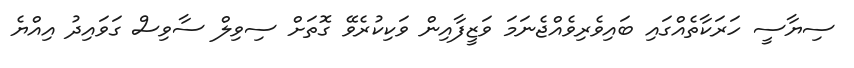
ސިޔާސީ ހަރަކާތެއްގައި ބައިވެރިވެއްޖެނަމަ ވަޒީފާއިން ވަކިކުރެވޭ ގޮތަށް ސިވިލް ސާވިސް ގަވައިދު އިއްޔެ